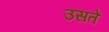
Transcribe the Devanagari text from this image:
उसते